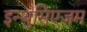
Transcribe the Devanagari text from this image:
इन्थुसिएज़म